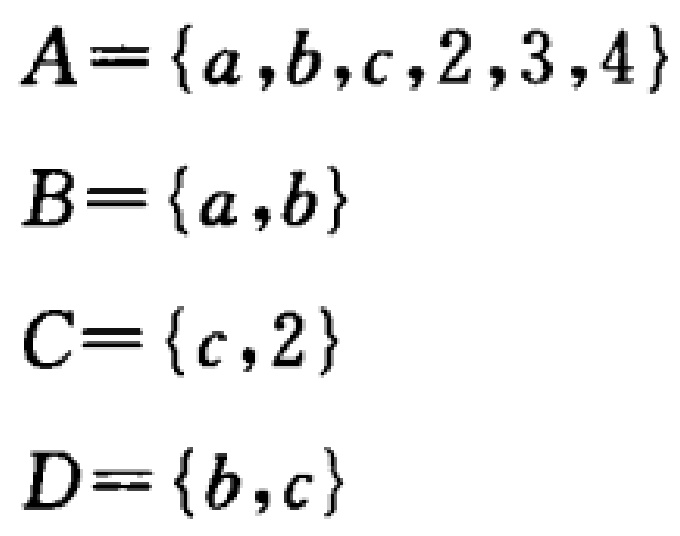
\[

\begin{align*}

A&=\{a,b,c,2,3,4\}\\

B&=\{a,b\}\\

C&=\{c,2\}\\

D&=\{b,c\}

\end{align*}

\]